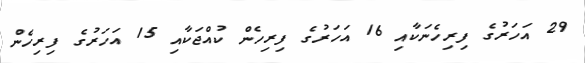
29 އަހަރުގެ ފިރިހެނަކާއި 16 އަހަރުގެ ފިރިހެން ކުއްޖަކާއި 15 އަހަރުގެ ފިރިހެން